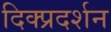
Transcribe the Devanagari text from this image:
दिक्प्रदर्शन